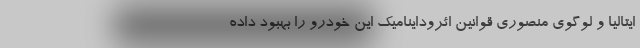
ایتالیا و لوگوی منصوری قوانین ائروداینامیک این خودرو را بهبود داده